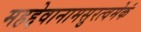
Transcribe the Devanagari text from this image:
महद्देवानामसुरत्वमेकं